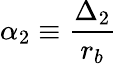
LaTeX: \alpha_{2}\equiv\frac{\Delta_{2}}{r_{b}}